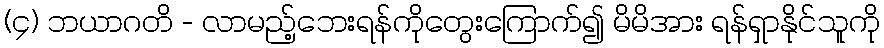
(၄) ဘယာဂတိ - လာမည့်ဘေးရန်ကိုတွေးကြောက်၍ မိမိအား ရန်ရှာနိုင်သူကို